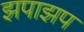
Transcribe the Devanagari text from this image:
झपाझप